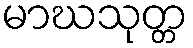
မာဃသုတ္တ